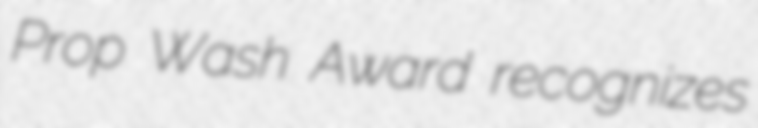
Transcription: Prop Wash Award recognizes